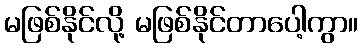
မဖြစ်နိုင်လို့ မဖြစ်နိုင်တာပေါ့ကွာ။